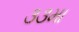
૩૩મા